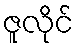
ဇူလိုင်